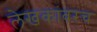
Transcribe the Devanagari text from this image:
लेखकांवरच